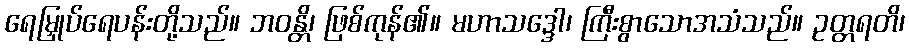
ရေမြှုပ်ရေပန်းတို့သည်။ ဘဝန္တိ၊ ဖြစ်ကုန်၏။ မဟာသဒ္ဒေါ၊ ကြီးစွာသောအသံသည်။ ဥတ္တရတိ၊